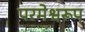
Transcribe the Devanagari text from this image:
परमेश्वरूप